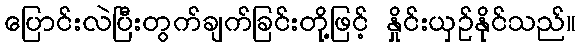
ပြောင်းလဲပြီးတွက်ချက်ခြင်းတို့ဖြင့် နှိုင်းယှဉ်နိုင်သည်။